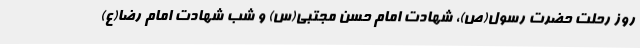
روز رحلت حضرت رسول(ص)، شهادت امام حسن مجتبی(س) و شب شهادت امام رضا(ع)